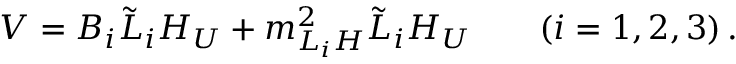
V = B _ { i } \tilde { L } _ { i } H _ { U } + m _ { L _ { i } H } ^ { 2 } \tilde { L } _ { i } H _ { U } \quad \quad ( i = 1 , 2 , 3 ) \, .